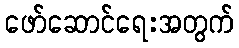
ဖော်ဆောင်ရေးအတွက်